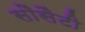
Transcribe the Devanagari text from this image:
सौसैटी